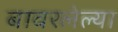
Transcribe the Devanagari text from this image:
बावरलेल्या